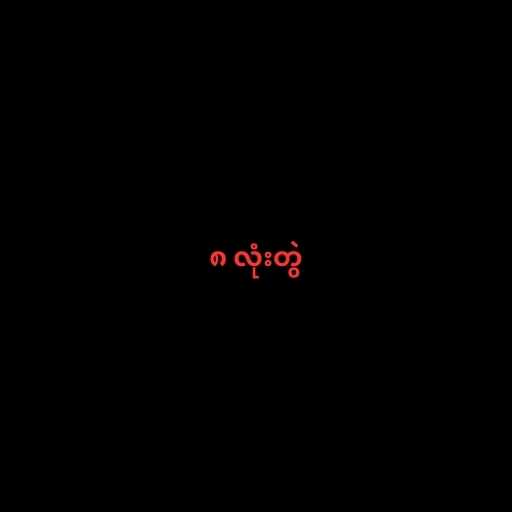
၈ လုံးတွဲ